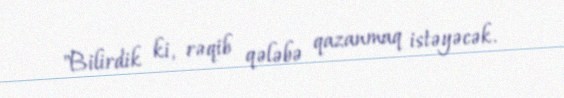
"Bilirdik ki, rəqib qələbə qazanmaq istəyəcək.